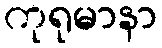
ကုရုမာနာ